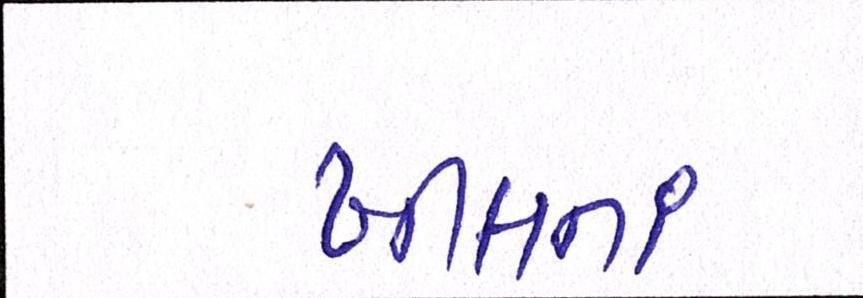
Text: ખીલતાં